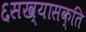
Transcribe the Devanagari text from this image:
६सख्यासक्ति